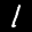
Label: 1